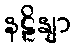
နဠိနျာ